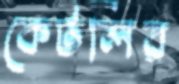
কেটলির